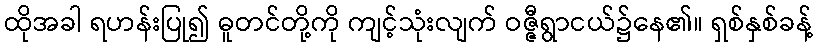
ထိုအခါ ရဟန်းပြု၍ ဓူတင်တို့ကို ကျင့်သုံးလျက် ဝဇ္ဇီရွာငယ်၌နေ၏။ ရှစ်နှစ်ခန့်